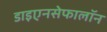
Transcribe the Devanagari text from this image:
डाइएनसेफालॉन